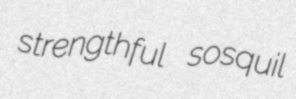
strengthful sosquil